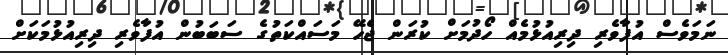
ނަމަވެސް އުފާވެރި ދިރިއުޅުމެއް ހޯދުމަށް ކުރަން ޖެހޭ މަސައްކަތުގެ ސަބަބުން އުފާވެރި ދިރިއުޅުމަކަށް